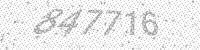
Solution: 847716